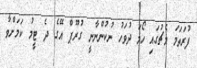
ފުރަތަމަ މެޗުގައި ހޯމަ ދުވަހު ނުކުންނާނީ ގުރޫޕް އޭގެ ދެ ޓީމު ކަމަށްވާ